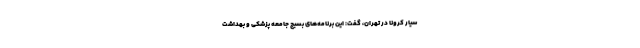
سیار کرونا در تهران، گفت: این برنامه‌های بسیج جامعه پزشکی و بهداشت